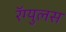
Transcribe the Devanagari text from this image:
रॅग्युलस